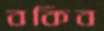
বকিব